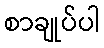
စာချုပ်ပါ